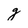
Character: g